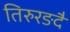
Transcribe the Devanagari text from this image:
तिरुरङदै